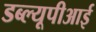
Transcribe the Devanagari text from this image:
डब्ल्यूपीआई